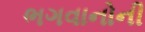
ભગવાનોની